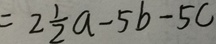
= 2 \frac { 1 } { 2 } a - 5 b - 5 c